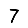
Digit: 7